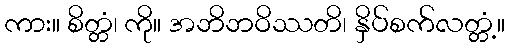
ကား။ စိတ္တံ၊ ကို။ အဘိဘဝိဿတိ၊ နှိပ်စက်လတ္တံ့။